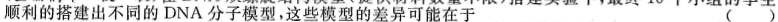
顺利的搭建出不同的DNA分子模型，这些模型的差异可能在于 ( )